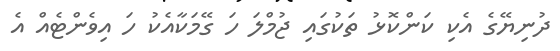
ދުނިޔޭގެ އެކި ކަންކޮޅު ތަކުގައި ޖުމްލަ ހަ ގޭމަކާއެކު ހަ އިވެންޓެއް އެ